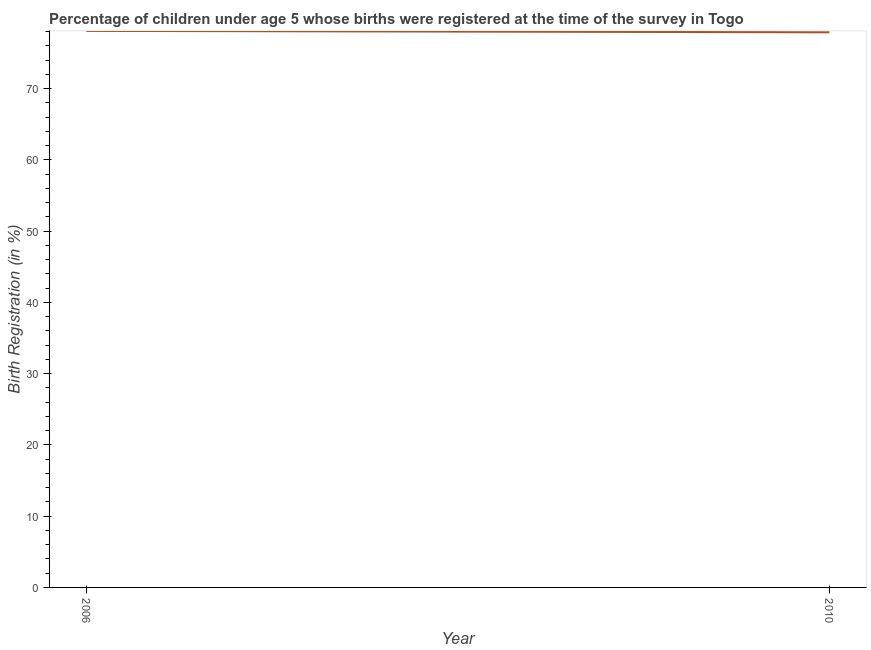
| Year | Birth registration |
 | --- | --- |
 | 2006 | 78.1 |
 | 2010 | 77.9 |